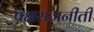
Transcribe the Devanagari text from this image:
पक्षराजनीती